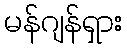
မန်ဂျန်ရှား